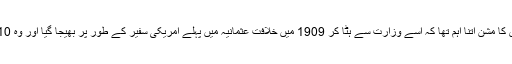
آخری مرتبہ تو اس کا مشن اتنا اہم تھا کہ اسے وزارت سے ہٹا کر 1909 میں خلافت عثمانیہ میں پہلے امریکی سفیر کے طور پر بھیجا گیا اور وہ 1910 میں واپس ہوا۔